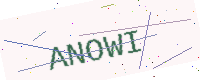
Text: ANOWI